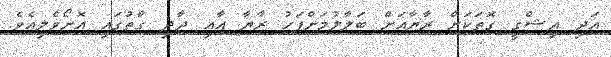
އަދި އިޝްޤީ ގޮތަކަށް ރާޔާއަށް ބަލާލުމަށްފަހު ރާޔާ އާއި ދާދި ގާތުގައި އޮށޯވެލިއެވެ.